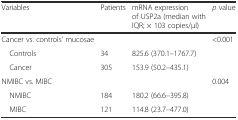
| Variables | Patients | mRNA expression of USP2a (median with IQR; × 103 copies/μl) | p value |
 | --- | --- | --- | --- |
 | Cancer vs. controls’ mucosae |  |  | <0.001 |
 | Controls | 34 | 825.6 (370.1–1767.7) |  |
 | Cancer | 305 | 153.9 (50.2–435.1) |  |
 | NMIBC vs. MIBC |  |  | 0.004 |
 | NMIBC | 184 | 180.2 (66.6–395.8) |  |
 | MIBC | 121 | 114.8 (23.7–477.0) |  |